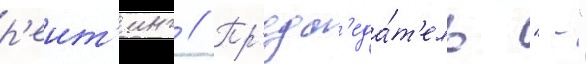
р'еит'инг // Пр'едс'еда́т'ель "--"